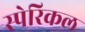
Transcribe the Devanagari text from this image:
स्पेरिकल